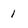
Character: I